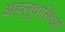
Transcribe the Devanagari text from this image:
अहलूवालिआ